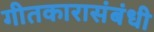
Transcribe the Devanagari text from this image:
गीतकारासंबंधी